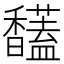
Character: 𩡤